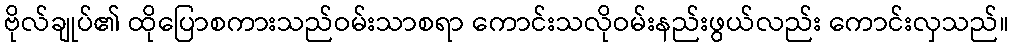
ဗိုလ်ချုပ်၏ ထိုပြောစကားသည်ဝမ်းသာစရာ ကောင်းသလိုဝမ်းနည်းဖွယ်လည်း ကောင်းလှသည်။